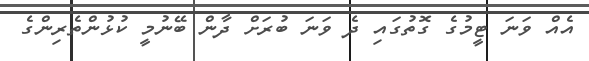
އެއް ވަނަ ޓީމުގެ ގޮތުގައި ދެ ވަނަ ބުރަށް ދާން ބޭނުމީ ކުޅުންތެރިންގެ